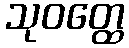
သုဝတ္ထေ